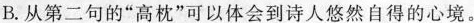
B.从第二句的”高枕”可以体会到诗人悠然自得的心境。